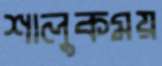
শালুকময়